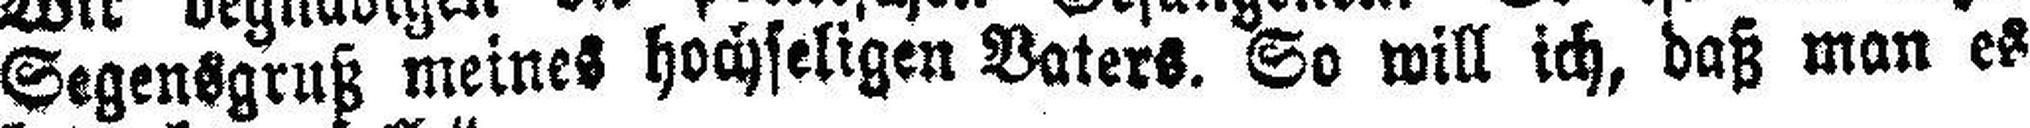
Segensgruß meines hochseligen Vaters. So will ich, daß man es